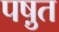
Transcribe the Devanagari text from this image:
पष़ुत